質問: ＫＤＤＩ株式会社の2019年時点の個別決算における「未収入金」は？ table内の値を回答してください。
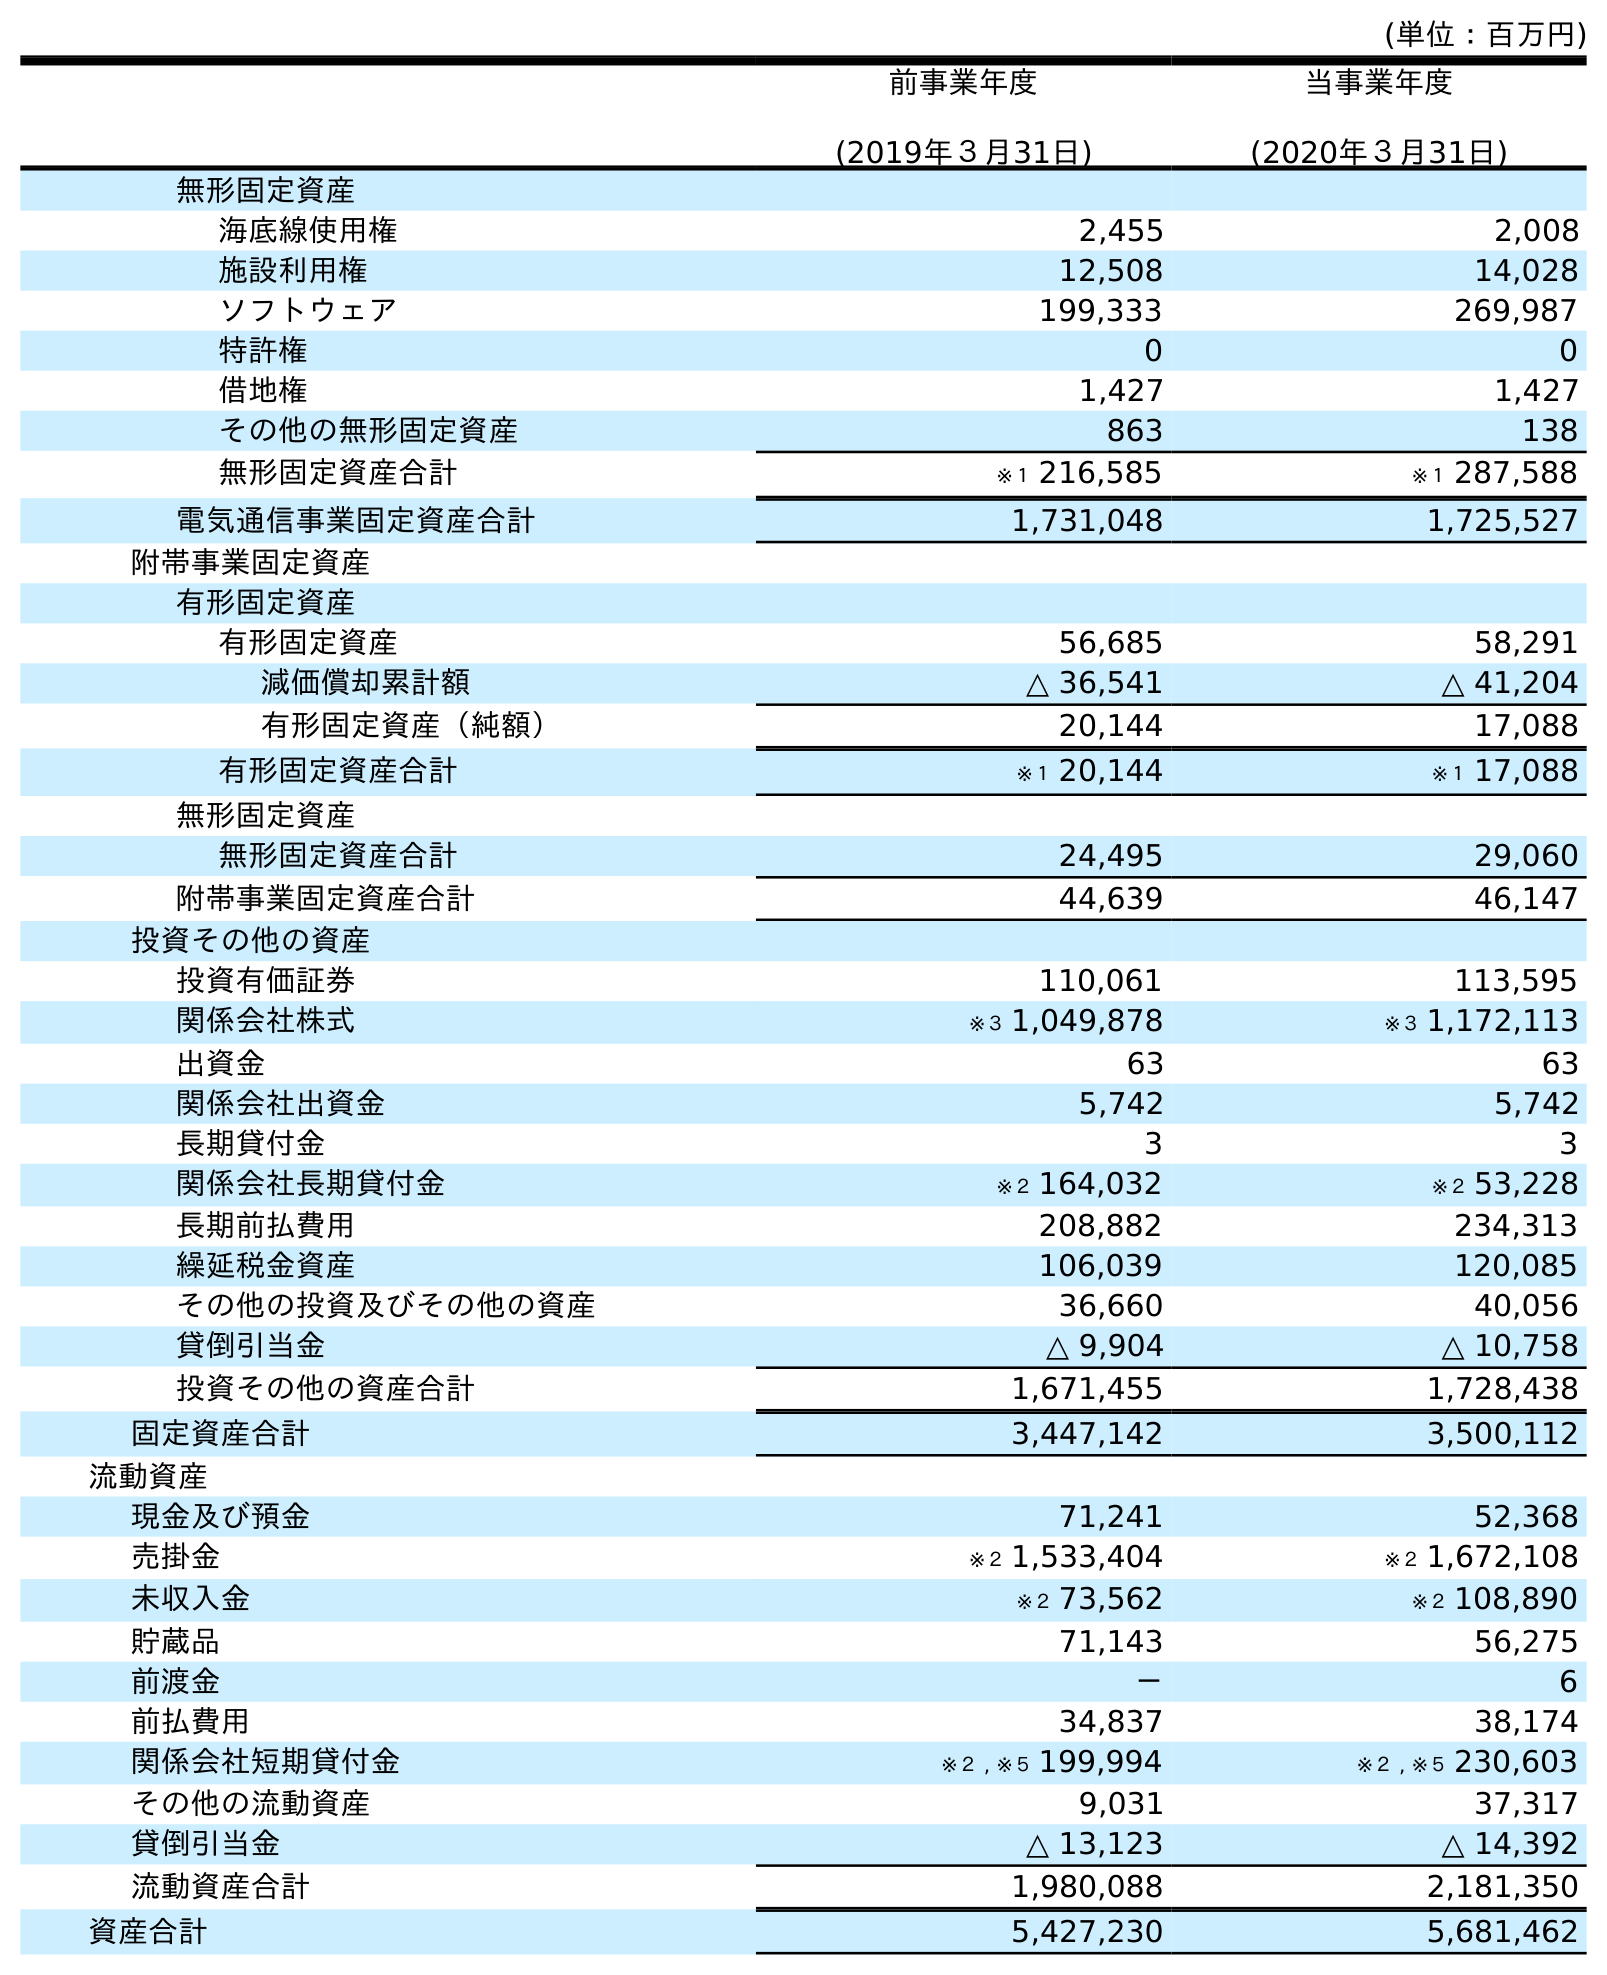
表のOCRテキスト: (単位：百万円) 前事業年度 (2019年３月31日) 当事業年度 (2020年３月31日) 無形固定資産 海底線使用権 2,455 2,008 施設利用権 12,508 14,028 ソフトウェア 199,333 269,987 特許権 0 0 借地権 1,427 1,427 その他の無形固定資産 863 138 無形固定資産合計 ※１ 216,585 ※１ 287,588 電気通信事業固定資産合計 1,731,048 1,725,527 附帯事業固定資産 有形固定資産 有形固定資産 56,685 58,291 減価償却累計額 △ 36,541 △ 41,204 有形固定資産（純額） 20,144 17,088 有形固定資産合計 ※１ 20,144 ※１ 17,088 無形固定資産 無形固定資産合計 24,495 29,060 附帯事業固定資産合計 44,639 46,147 投資その他の資産 投資有価証券 110,061 113,595 関係会社株式 ※３ 1,049,878 ※３ 1,172,113 出資金 63 63 関係会社出資金 5,742 5,742 長期貸付金 3 3 関係会社長期貸付金 ※２ 164,032 ※２ 53,228 長期前払費用 208,882 234,313 繰延税金資産 106,039 120,085 その他の投資及びその他の資産 36,660 40,056 貸倒引当金 △ 9,904 △ 10,758 投資その他の資産合計 1,671,455 1,728,438 固定資産合計 3,447,142 3,500,112 流動資産 現金及び預金 71,241 52,368 売掛金 ※２ 1,533,404 ※２ 1,672,108 未収入金 ※２ 73,562 ※２ 108,890 貯蔵品 71,143 56,275 前渡金 － 6 前払費用 34,837 38,174 関係会社短期貸付金 ※２ , ※５ 199,994 ※２ , ※５ 230,603 その他の流動資産 9,031 37,317 貸倒引当金 △ 13,123 △ 14,392 流動資産合計 1,980,088 2,181,350 資産合計 5,427,230 5,681,462
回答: ※２73,562